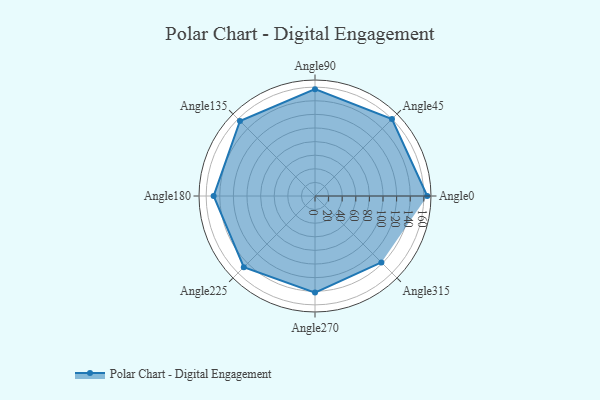
{"axis": {"x": "Angle", "y": "Radius"}, "legend": [""], "data": [{"x": "Angle0", "y": 165.0, "type": ""}, {"x": "Angle45", "y": 160.0, "type": ""}, {"x": "Angle90", "y": 157.0, "type": ""}, {"x": "Angle135", "y": 156.0, "type": ""}, {"x": "Angle180", "y": 149.0, "type": ""}, {"x": "Angle225", "y": 148.0, "type": ""}, {"x": "Angle270", "y": 142.0, "type": ""}, {"x": "Angle315", "y": 138.0, "type": ""}]}